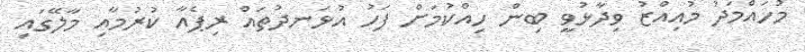
މުހައްމަދު މުއިއްޒު ވިދާޅުވީ ބިން ހިއްކުމަށް ފަހު އުޅަނދުތައް ރިޕެއާ ކުރުމާއި މާލޭގައި